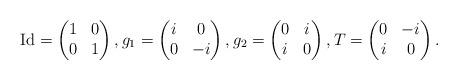
LaTeX: \begin{gather*}{\rm Id} = \left(\begin{matrix}1 & 0\\0 & 1 \end{matrix}\right),g_1 = \left(\begin{matrix}i & 0\\0 & -i \end{matrix}\right),g_2 = \left(\begin{matrix}0 & i\\i & 0 \end{matrix}\right),T = \left(\begin{matrix}0 & -i\\i & 0 \end{matrix}\right).\end{gather*}